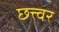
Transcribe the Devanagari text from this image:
छत्त्वर